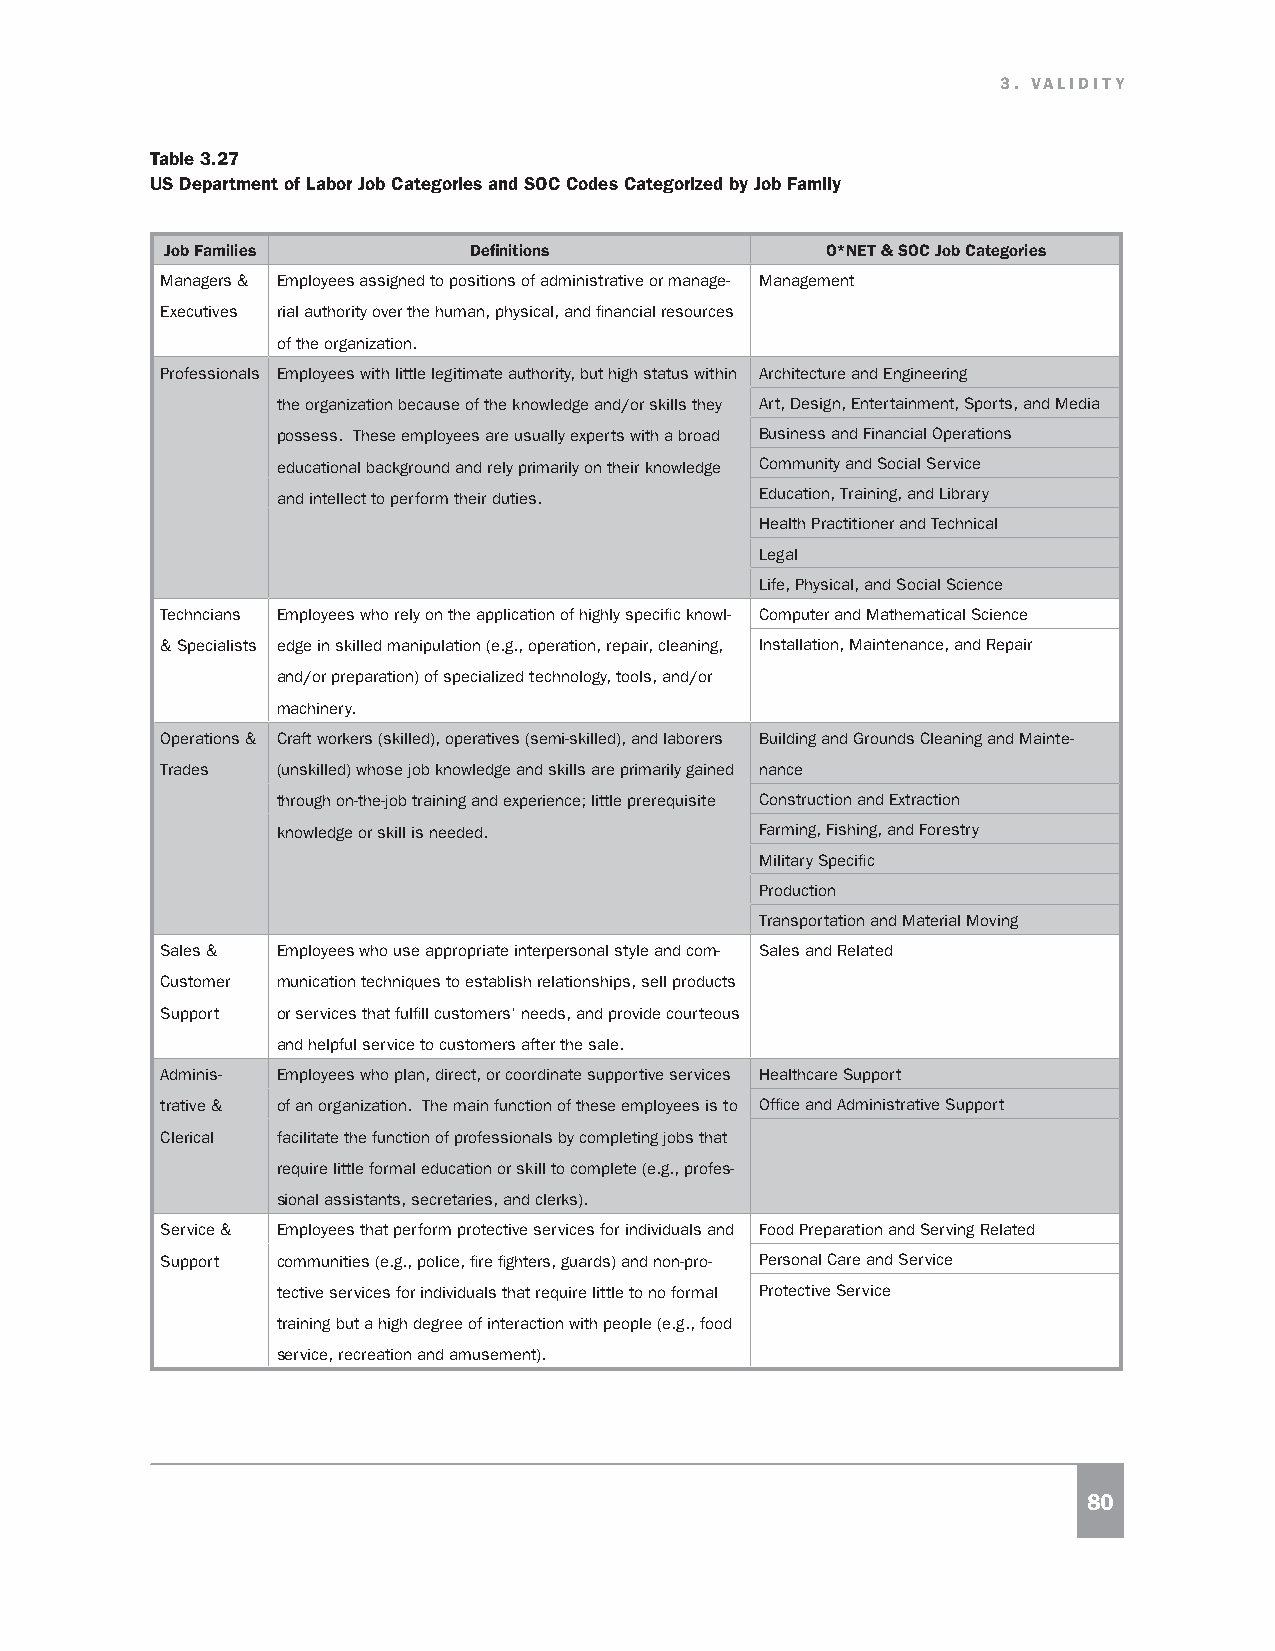
3. VALIDITY
 Table 3.27
 US Department of Labor Job Categories and SOC Codes Categorized by Job Family
 Job Families        Definitions             O*NET & SOC Job Categories
 Managers & Employees assigned to positions of administrative or manage- Management
 Executives rial authority over the human, physical, and financial resources
 of the organization.
 Professionals Employees with little legitimate authority, but high status within Architecture and Engineering
 the organization because of the knowledge and/or skills they Art, Design, Entertainment, Sports, and Media
 possess. These employees are usually experts with a broad Business and Financial Operations
 educational background and rely primarily on their knowledge Community and Social Service
 and intellect to perform their duties. Education, Training, and Library
 Health Practitioner and Technical
 Legal
 Life, Physical, and Social Science
 Techncians Employees who rely on the application of highly specific knowl- Computer and Mathematical Science
 & Specialists edge in skilled manipulation (e.g., operation, repair, cleaning, Installation, Maintenance, and Repair
 and/or preparation) of specialized technology, tools, and/or
 machinery.
 Operations & Craft workers (skilled), operatives (semi-skilled), and laborers Building and Grounds Cleaning and Mainte-
 Trades (unskilled) whose job knowledge and skills are primarily gained nance
 through on-the-job training and experience; little prerequisite Construction and Extraction
 knowledge or skill is needed.   Farming, Fishing, and Forestry
 Military Specific
 Production
 Transportation and Material Moving
 Sales & Employees who use appropriate interpersonal style and com- Sales and Related
 Customer munication techniques to establish relationships, sell products
 Support or services that fulfill customers’ needs, and provide courteous
 and helpful service to customers after the sale.
 Adminis- Employees who plan, direct, or coordinate supportive services Healthcare Support
 trative & of an organization. The main function of these employees is to Office and Administrative Support
 Clerical facilitate the function of professionals by completing jobs that
 require little formal education or skill to complete (e.g., profes-
 sional assistants, secretaries, and clerks).
 Service & Employees that perform protective services for individuals and Food Preparation and Serving Related
 Support communities (e.g., police, fire fighters, guards) and non-pro- Personal Care and Service
 tective services for individuals that require little to no formal Protective Service
 training but a high degree of interaction with people (e.g., food
 service, recreation and amusement).
 80